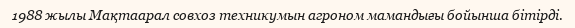
1988 жылы Мақтаарал совхоз техникумын агроном мамандығы бойынша бітірді.